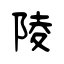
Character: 陵